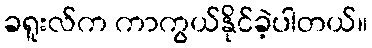
ခရူးလ်က ကာကွယ်နိုင်ခဲ့ပါတယ်။